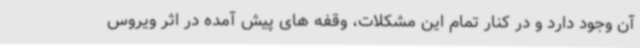
آن وجود دارد و در کنار تمام این مشکلات، وقفه های پیش آمده در اثر ویروس